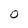
Character: O